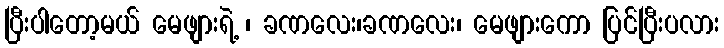
ပြီးပါတော့မယ် မေဖျားရဲ့ ၊ ခဏလေး၊ခဏလေး၊ မေဖျားကော ပြင်ပြီးပလား